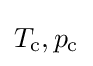
T_{\text{c}},p_{\text{c}}